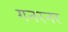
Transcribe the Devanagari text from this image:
गनरनर